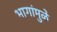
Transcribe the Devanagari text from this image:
भागांमुळे